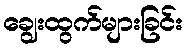
ချွေးထွက်များခြင်း